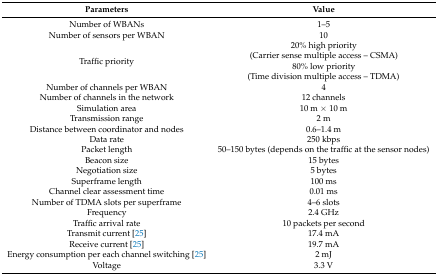
| Parameters | Value |
 | --- | --- |
 | Number of WBANs | 1–5 |
 | Number of sensors per WBAN | 10 |
 | Traffic priority | 20% high priority (Carrier sense multiple access – CSMA)80% low priority (Time division multiple access – TDMA) |
 | Number of channels per WBAN | 4 |
 | Number of channels in the network | 12 channels |
 | Simulation area | 10 m × 10 m |
 | Transmission range | 2 m |
 | Distance between coordinator and nodes | 0.6–1.4 m |
 | Data rate | 250 kbps |
 | Packet length | 50–150 bytes (depends on the traffic at the sensor nodes) |
 | Beacon size | 15 bytes |
 | Negotiation size | 5 bytes |
 | Superframe length | 100 ms |
 | Channel clear assessment time | 0.01 ms |
 | Number of TDMA slots per superframe | 4–6 slots |
 | Frequency | 2.4 GHz |
 | Traffic arrival rate | 10 packets per second |
 | Transmit current [25] | 17.4 mA |
 | Receive current [25] | 19.7 mA |
 | Energy consumption per each channel switching [25] | 2 mJ |
 | Voltage | 3.3 V |